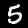
Label: 5